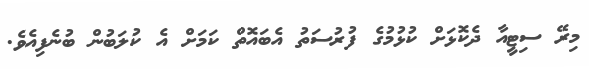
މިރޭ ސިޓީއާ ދެކޮޅަށް ކުޅުމުގެ ފުރުސަތު އެބައޮތް ކަމަށް އެ ކުލަބުން ބުނެފިއެވެ.